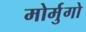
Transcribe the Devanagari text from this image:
मोर्मुगो